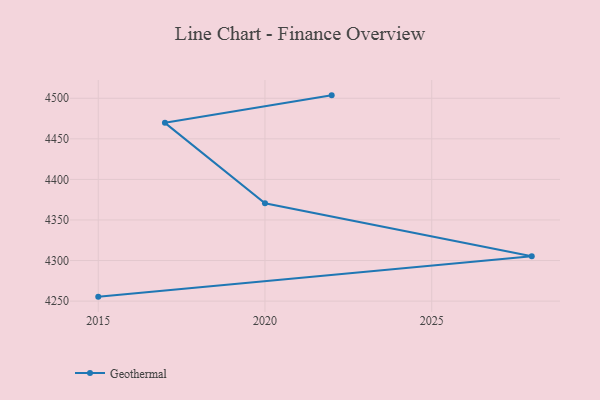
{"axis": {"x": "Year", "y": "Waste Production (Tons)"}, "legend": ["Geothermal"], "data": [{"x": "2022", "y": 4503.6, "type": "Geothermal"}, {"x": "2017", "y": 4469.7, "type": "Geothermal"}, {"x": "2020", "y": 4370.5, "type": "Geothermal"}, {"x": "2028", "y": 4305.4, "type": "Geothermal"}, {"x": "2015", "y": 4255.5, "type": "Geothermal"}]}